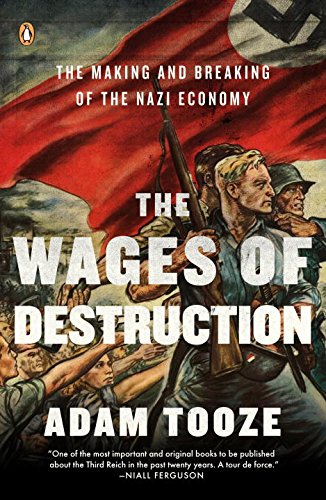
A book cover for The Wages of Destruction: The Making and Breaking of the Nazi Economy; Adam Tooze; Business & Money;